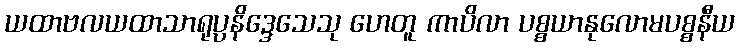
ယထာဗလယထာသာရုပ္ပနိဒ္ဒေသေသု ဟေတူ ကာပိလာ ပစ္စယာနုလောမပစ္စနီယ